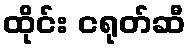
ထိုင်း ငရုတ်ဆီ